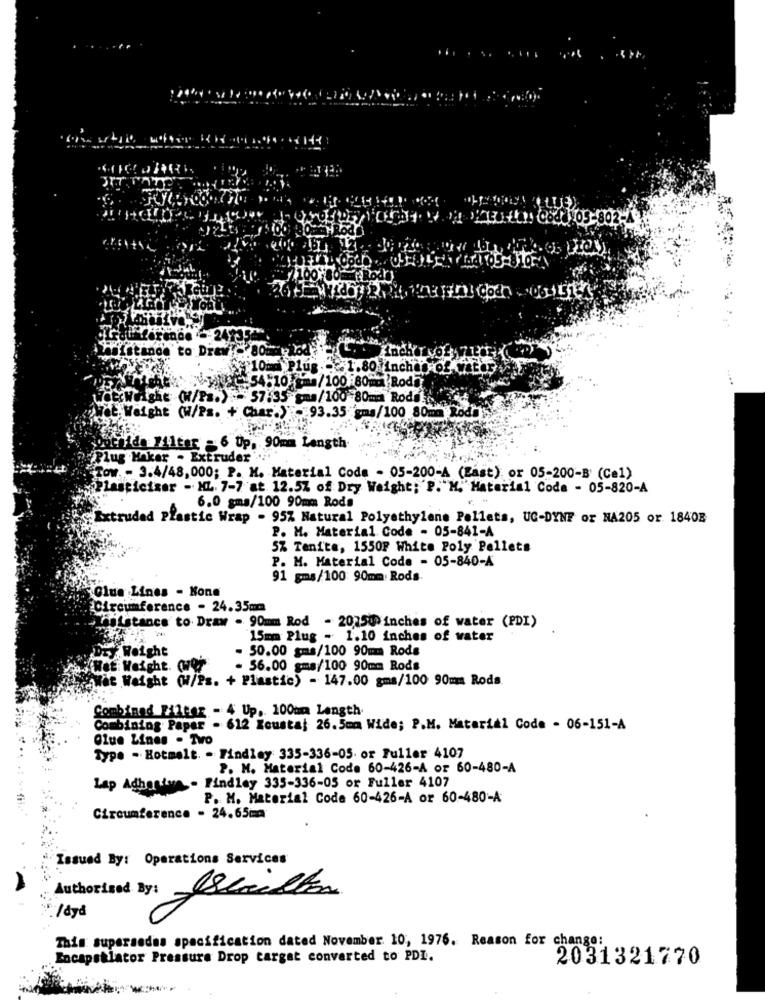
Last
ference -247352
10mm Plus .- 1.80 inchop of 7
NyNet-54510 /100 80mu Roda
....
WoxWeight (W/Pa.) - 57:35 gma/100 80mm Rodi
Wat Waight (W/Ps. + Char.) - 93.35 gma/100 80mm Rod"
.: 711ter = 6 Up, 90mm Length
Plug Haker . Extruder ..
Tow. - 3.4/48, 000; P. M. Material Code - 05-200-A (East) or 05-200-B' (Ce1)
Plasticiser - HL. 7-7 at 12.5% of Dry Weight; P. M. Material Code - 05-820-A
6.0 gms/100 90mm Rods
Extruded Plastic Wrap - 95% Natural Polyethylene Pellets, UG-DYNE or NA205 or 18408
P. M. Material Code - 05-841-A
5% Tenite, 1550₽ White Poly Pellets
P. M. Material Code - 05-840-A
91 gms/100 90mm Rods-
Clue Lines - Kone
Circumference - 24.35mm
Insistance to Draw . 90mm Rod - 20750 inches of water (PDI)
15mm Plug - 1.10 inches of water
Dry Weight
50.00 gms/100 90mm Rods
- 56.00 gms/100 90mm Rods
de Weight (W/Ps. + Plastic) - 147.00 gms/100 90mm Rods.
mbinad Filter - 4 Up, 100mm Length
Combining Paper . 612 Koustaj 26.5mm Wide; P.M. Material Code - 06-151-A
Olue Lines . Tvo
Type - Hotmelt. . Findlay 335-336-05. or Fuller 4107
P. M. Material Code 60-426-A or 60-480-A
Lap Adhesive - Findley 335-336-05 or Fuller 4107
P. M. Material Code 60-426-A or 60-480-A
Circumference - 24.65mm
Issued By: Operations Services
/dyå
This supersodas specification dated November 10, 1976. Reason for change:
Encapstlator Pressure Drop cargat converted to PDI.
2031321770